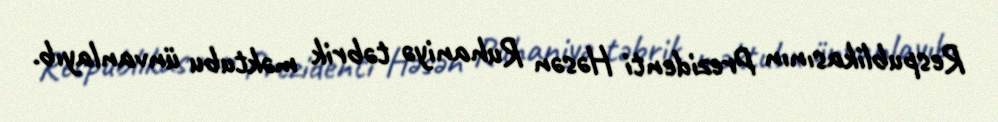
Respublikasının Prezidenti Həsən Ruhaniyə təbrik məktubu ünvanlayıb.